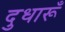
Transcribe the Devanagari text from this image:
दुधारूँ